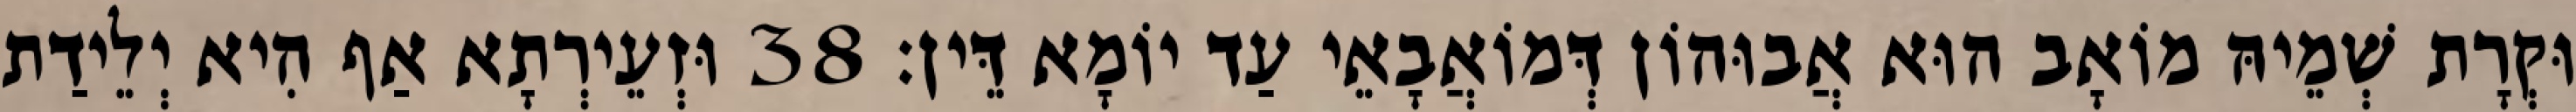
וּקְרָת שְׁמֵיהּ מוֹאָב הוּא אֲבוּהוֹן דְּמוֹאֲבָאֵי עַד יוֹמָא דֵּין׃ 38 וּזְעֵירְתָא אַף הִיא יְלֵידַת